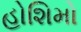
હોશિમો